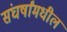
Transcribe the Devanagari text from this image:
संघर्षांमधील